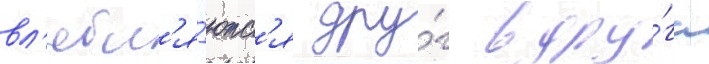
вл'юбл'я́ютс'я дру́г в дру́га